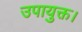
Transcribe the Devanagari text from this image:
उपायुक्त।